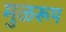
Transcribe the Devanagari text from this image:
मुळरूप